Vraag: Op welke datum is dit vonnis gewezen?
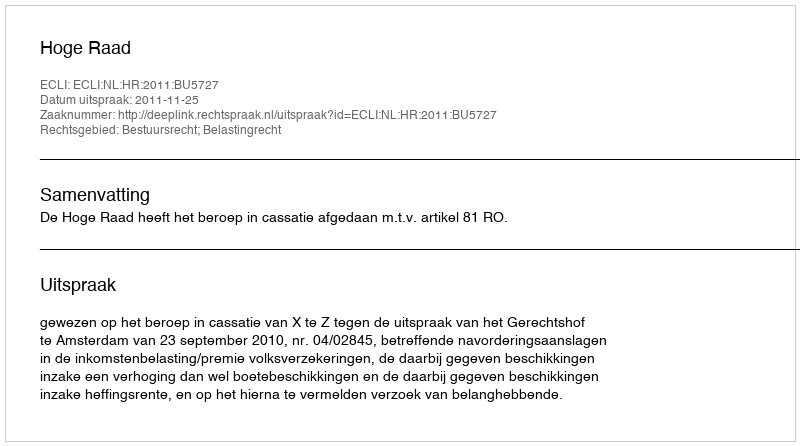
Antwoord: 2011-11-25